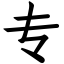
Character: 专